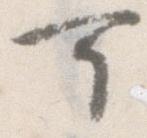
可